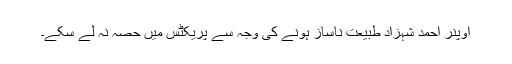
اوپنر احمد شہزاد طبیعت ناساز ہونے کی وجہ سے پریکٹس میں حصہ نہ لے سکے۔